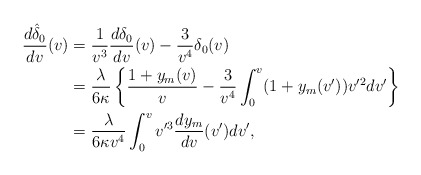
\begin{align*} \frac{d\hat{\delta}_0}{dv}(v)&=\frac{1}{v^3}\frac{d\delta_0}{dv}(v)-\frac{3}{v^4}\delta_0(v)\\&=\frac{\lambda}{6\kappa}\left\{\frac{1+y_m(v)}{v}-\frac{3}{v^4}\int_0^v(1+y_m(v'))v'^2dv'\right\}\\&=\frac{\lambda}{6\kappa v^4}\int_0^vv'^3\frac{dy_m}{dv}(v')dv',\end{align*}